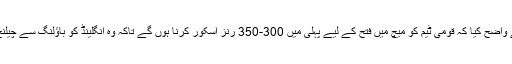
بیٹنگ کوچ نے واضح کیا کہ قومی ٹیم کو میچ میں فتح کے لیے پہلی میں 300-350 رنز اسکور کرنا ہوں گے تاکہ وہ انگلینڈ کو باؤلنگ سے چیلنج کیا جا سکے۔